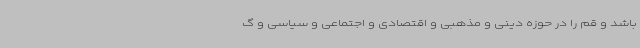
باشد و قم را در حوزه دینی و مذهبی و اقتصادی و اجتماعی و سیاسی و گ